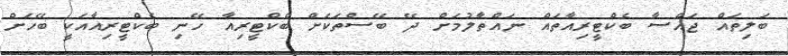
ބަލިތައް ޖައްސާ ބެކްޓީރިއާތައް ނައްތާލުމަށް ދޭ ބޭސްތަކަށް ބެކްޓީރިއާ ހޭނި ބެކްޓީރިއާއަކީ ބޭހަށް